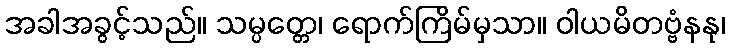
အခါအခွင့်သည်။ သမ္ပတ္တေ၊ ရောက်ကြိမ်မှသာ။ ဝါယမိတဗ္ဗံနနု၊